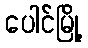
ပေါင်မြို့